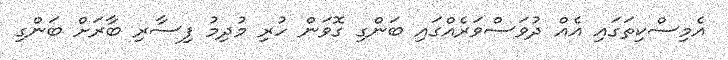
އެމިސްކިތަގައި އެއް ދުވަސްވަރެއްގައި ބަންގި ގޮވަން ހުރި މުދިމު ފިސާރި ބާރަށް ބަންގި